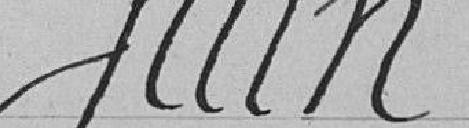
juin